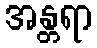
အန္တရာ